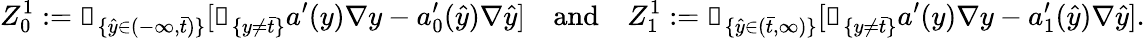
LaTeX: Z_{0}^{1}:=\mathbb{1}_{\{ \hat{y}\in(-\infty,\bar{t})\} }[\mathbb{1}_{\{ y\neq\bar{t}\} }a^{\prime}(y)\nabla y-a_{0}^{\prime}(\hat{y})\nabla\hat{y}]\quad\mathrm{and}\quad Z_{1}^{1}:=\mathbb{1}_{\{ \hat{y}\in(\bar{t},\infty)\} }[\mathbb{1}_{\{ y\neq\bar{t}\} }a^{\prime}(y)\nabla y-a_{1}^{\prime}(\hat{y})\nabla\hat{y}].